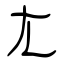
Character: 尢